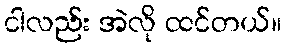
ငါလည်း အဲလို ထင်တယ်။